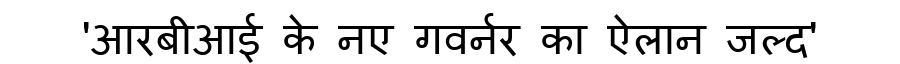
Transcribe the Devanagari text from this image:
'आरबीआई के नए गवर्नर का ऐलान जल्द'